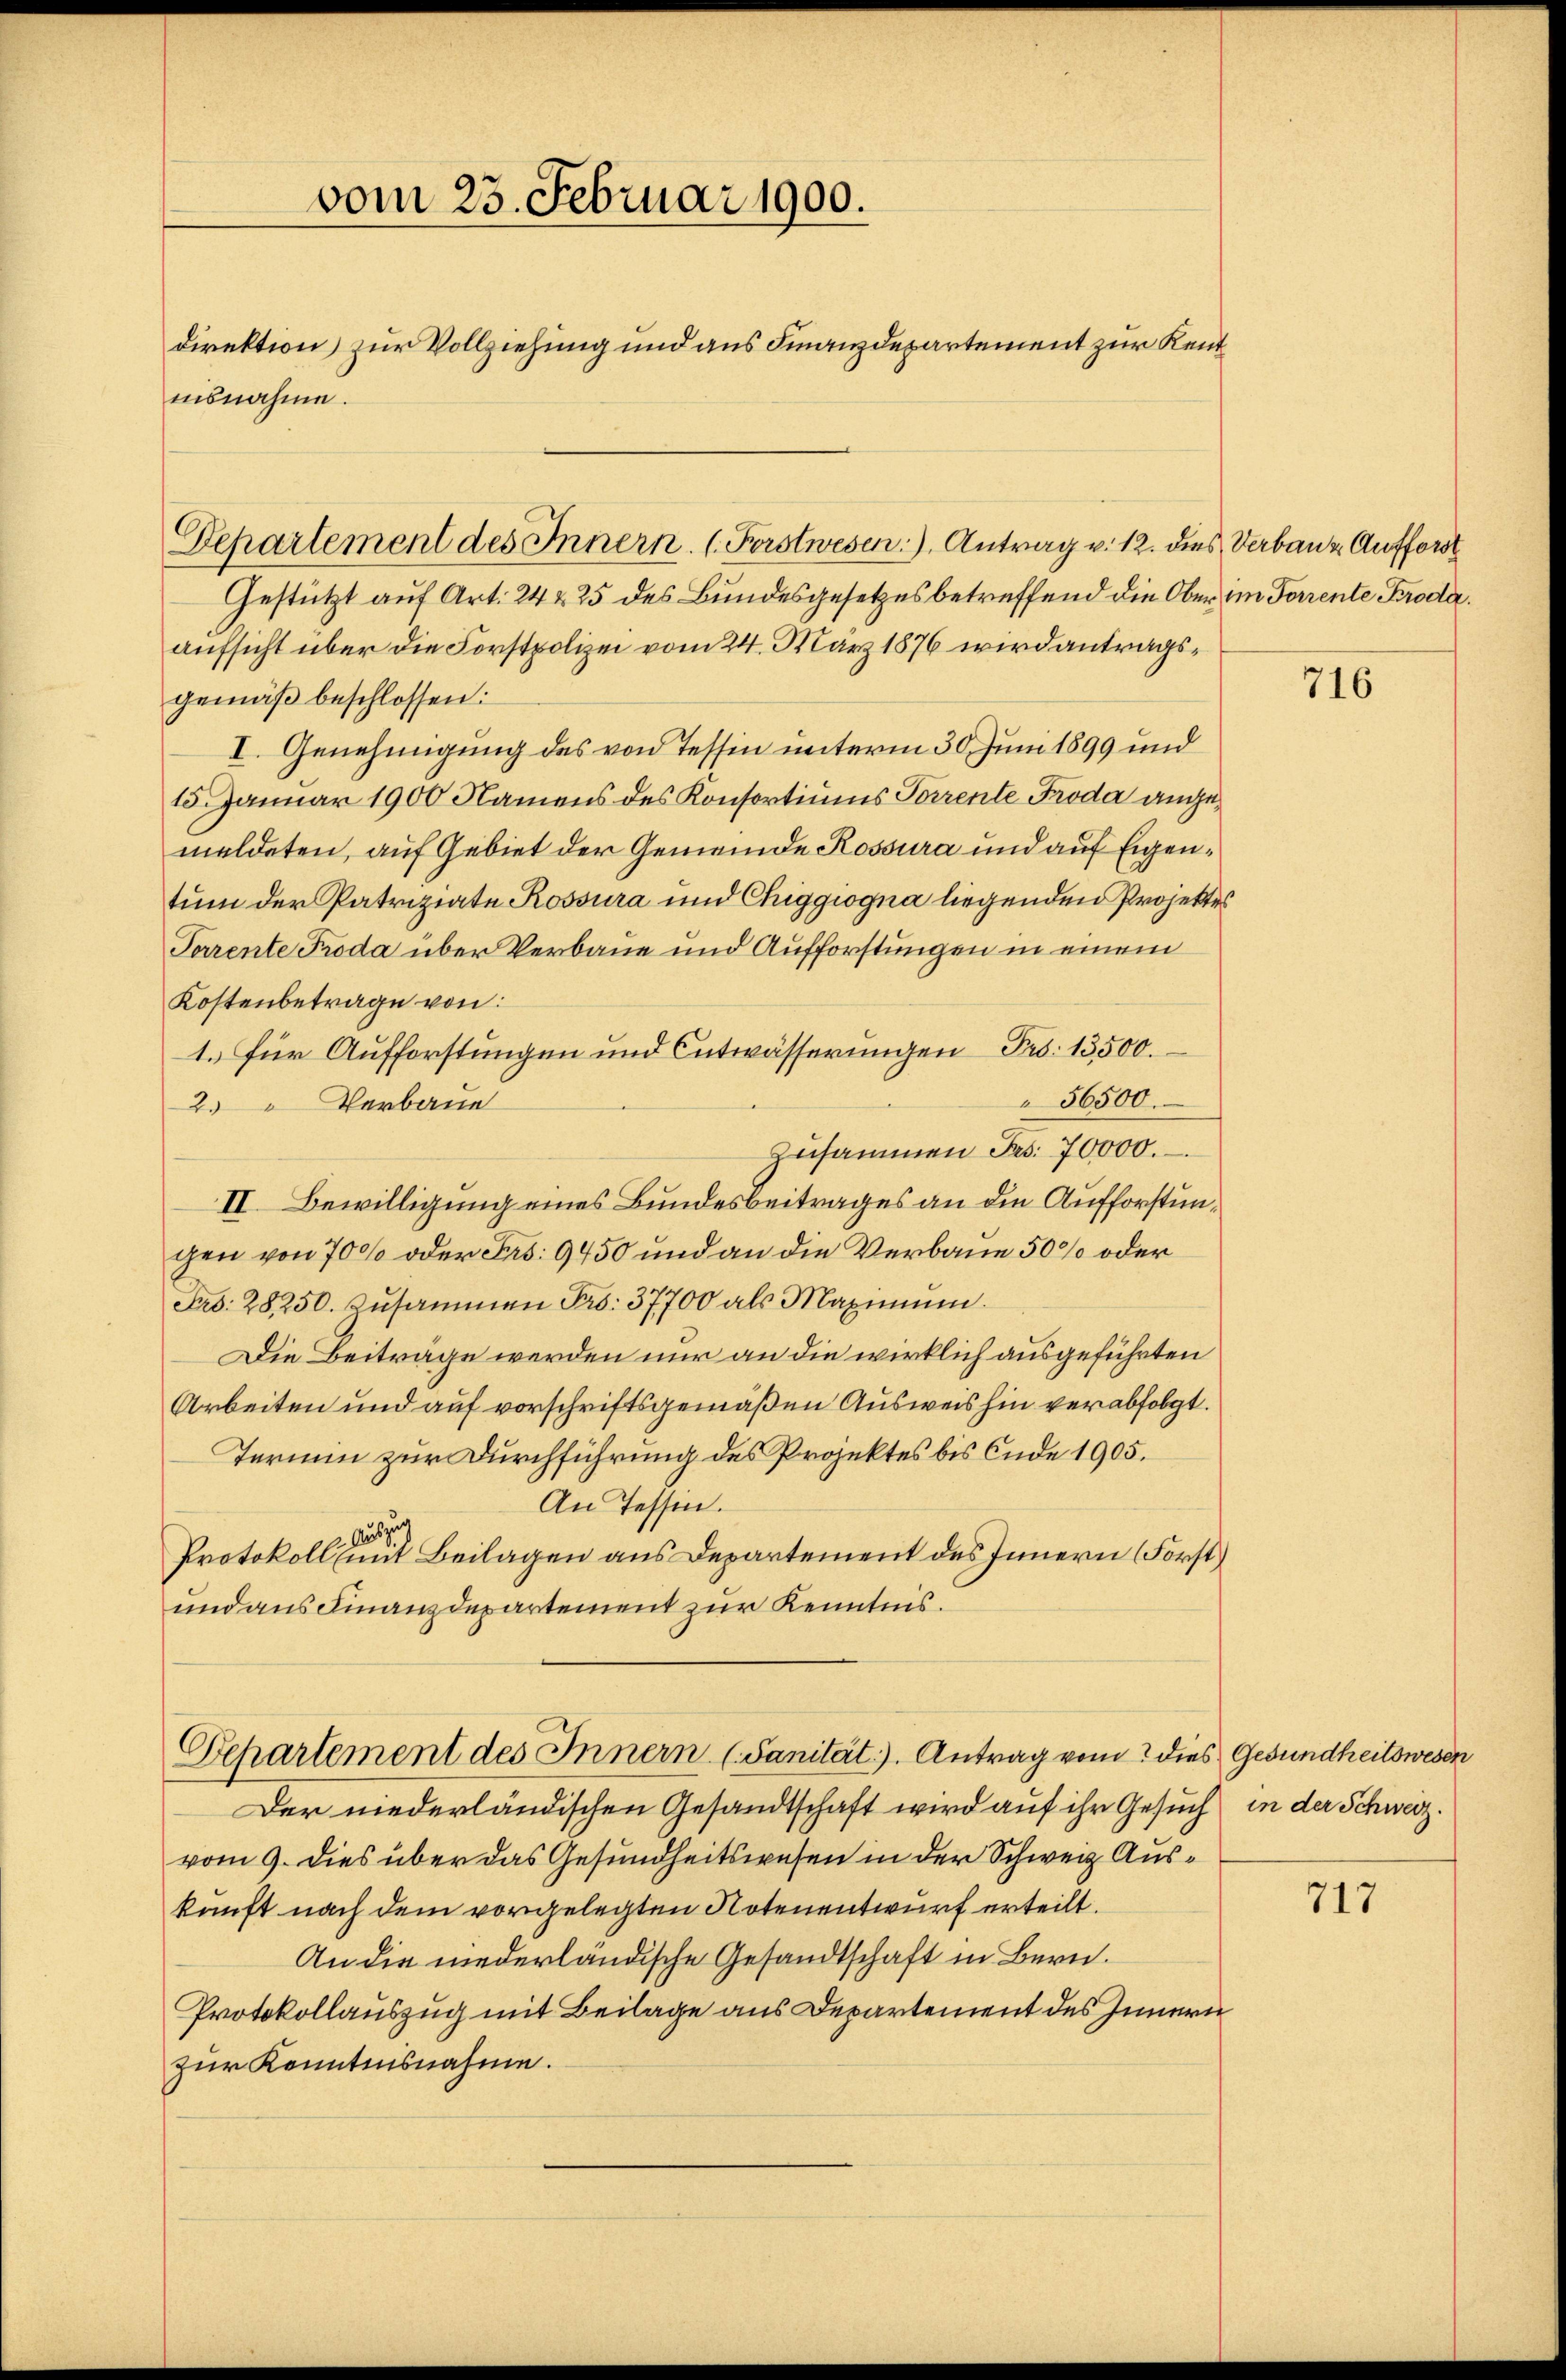
vom 23. Februar 1900.
direktion) zur Vollziehung und aus Finanzdepartement zur Kentnisnahme.

Departement des Innern. (Forstwesen. Antrag v. 12. dies Verbanz Aufforst

Departement des Innern (Sanität). Antrag vom 2 dies Gesundheitswesen

Gestützt auf Art. 24 x 25 des Bundesgesetzes betreffend die Ober im Forrente Kroder
aufsicht über die Forstpolizei vom 24. März 1876 wird antragsgemäß beschlossen:
I. Genehmigung des von Tessen unterm 30. Juni 1899 und
15. Januar 1900 Namens des Konsortiums Torrente Froda angemeldeten, auf Gebiet der Gemeinde Rossura und auf Eigentum der Patriziate Rossura und Chiggiogna liegenden Projektes
Parente Proda über Verbaue und Aufforstungen in einem
Kostenbetrage von
1. für Aufforstungen und Entwässerungen Pro. 13500.
56500.
2. " Verbaue
zusammen Jes. 70000.
II. Bewilligung eines Bundesbeitrages an die Aufforstunchen von 700 oder Ferd: 9750 und an die Verbaue 50% oder
Frd. 28250. Zusammen Pro. 37700 als Maximum.
Die Beiträge werden nur an die wirklich ausgeführten
Arbeiten und auf vorschriftsgemäßen Ausweis hin verabfolgt.
Termin zur Durchführung des Projektes bis Ende 1905.
An Tessin.
zu¬
Protokoll mit Beilagen aus Departement des Innern (Forst
und aus Finanzdepartement zur Kenntnis.

Der niederländischen Gesandtschaft wird auf ihr Gesuch in der Schweiz.
vom 9. dies über das Gesundheitswesen in der Schweiz Auskunft nach dem vorgelegten Notenentwurf erteilt.
An die niederländische Gesandtschaft in Bern.
Protokollauszug mit Beilage aus Departement des Innern
zur Kenntnisnahme.

716

717